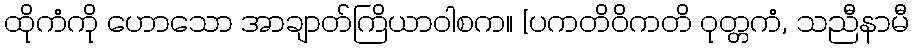
ထိုကံကို ဟောသော အာချာတ်ကြိယာဝါစက။ [ပကတိဝိကတိ ဝုတ္တကံ, သညီနာမီ